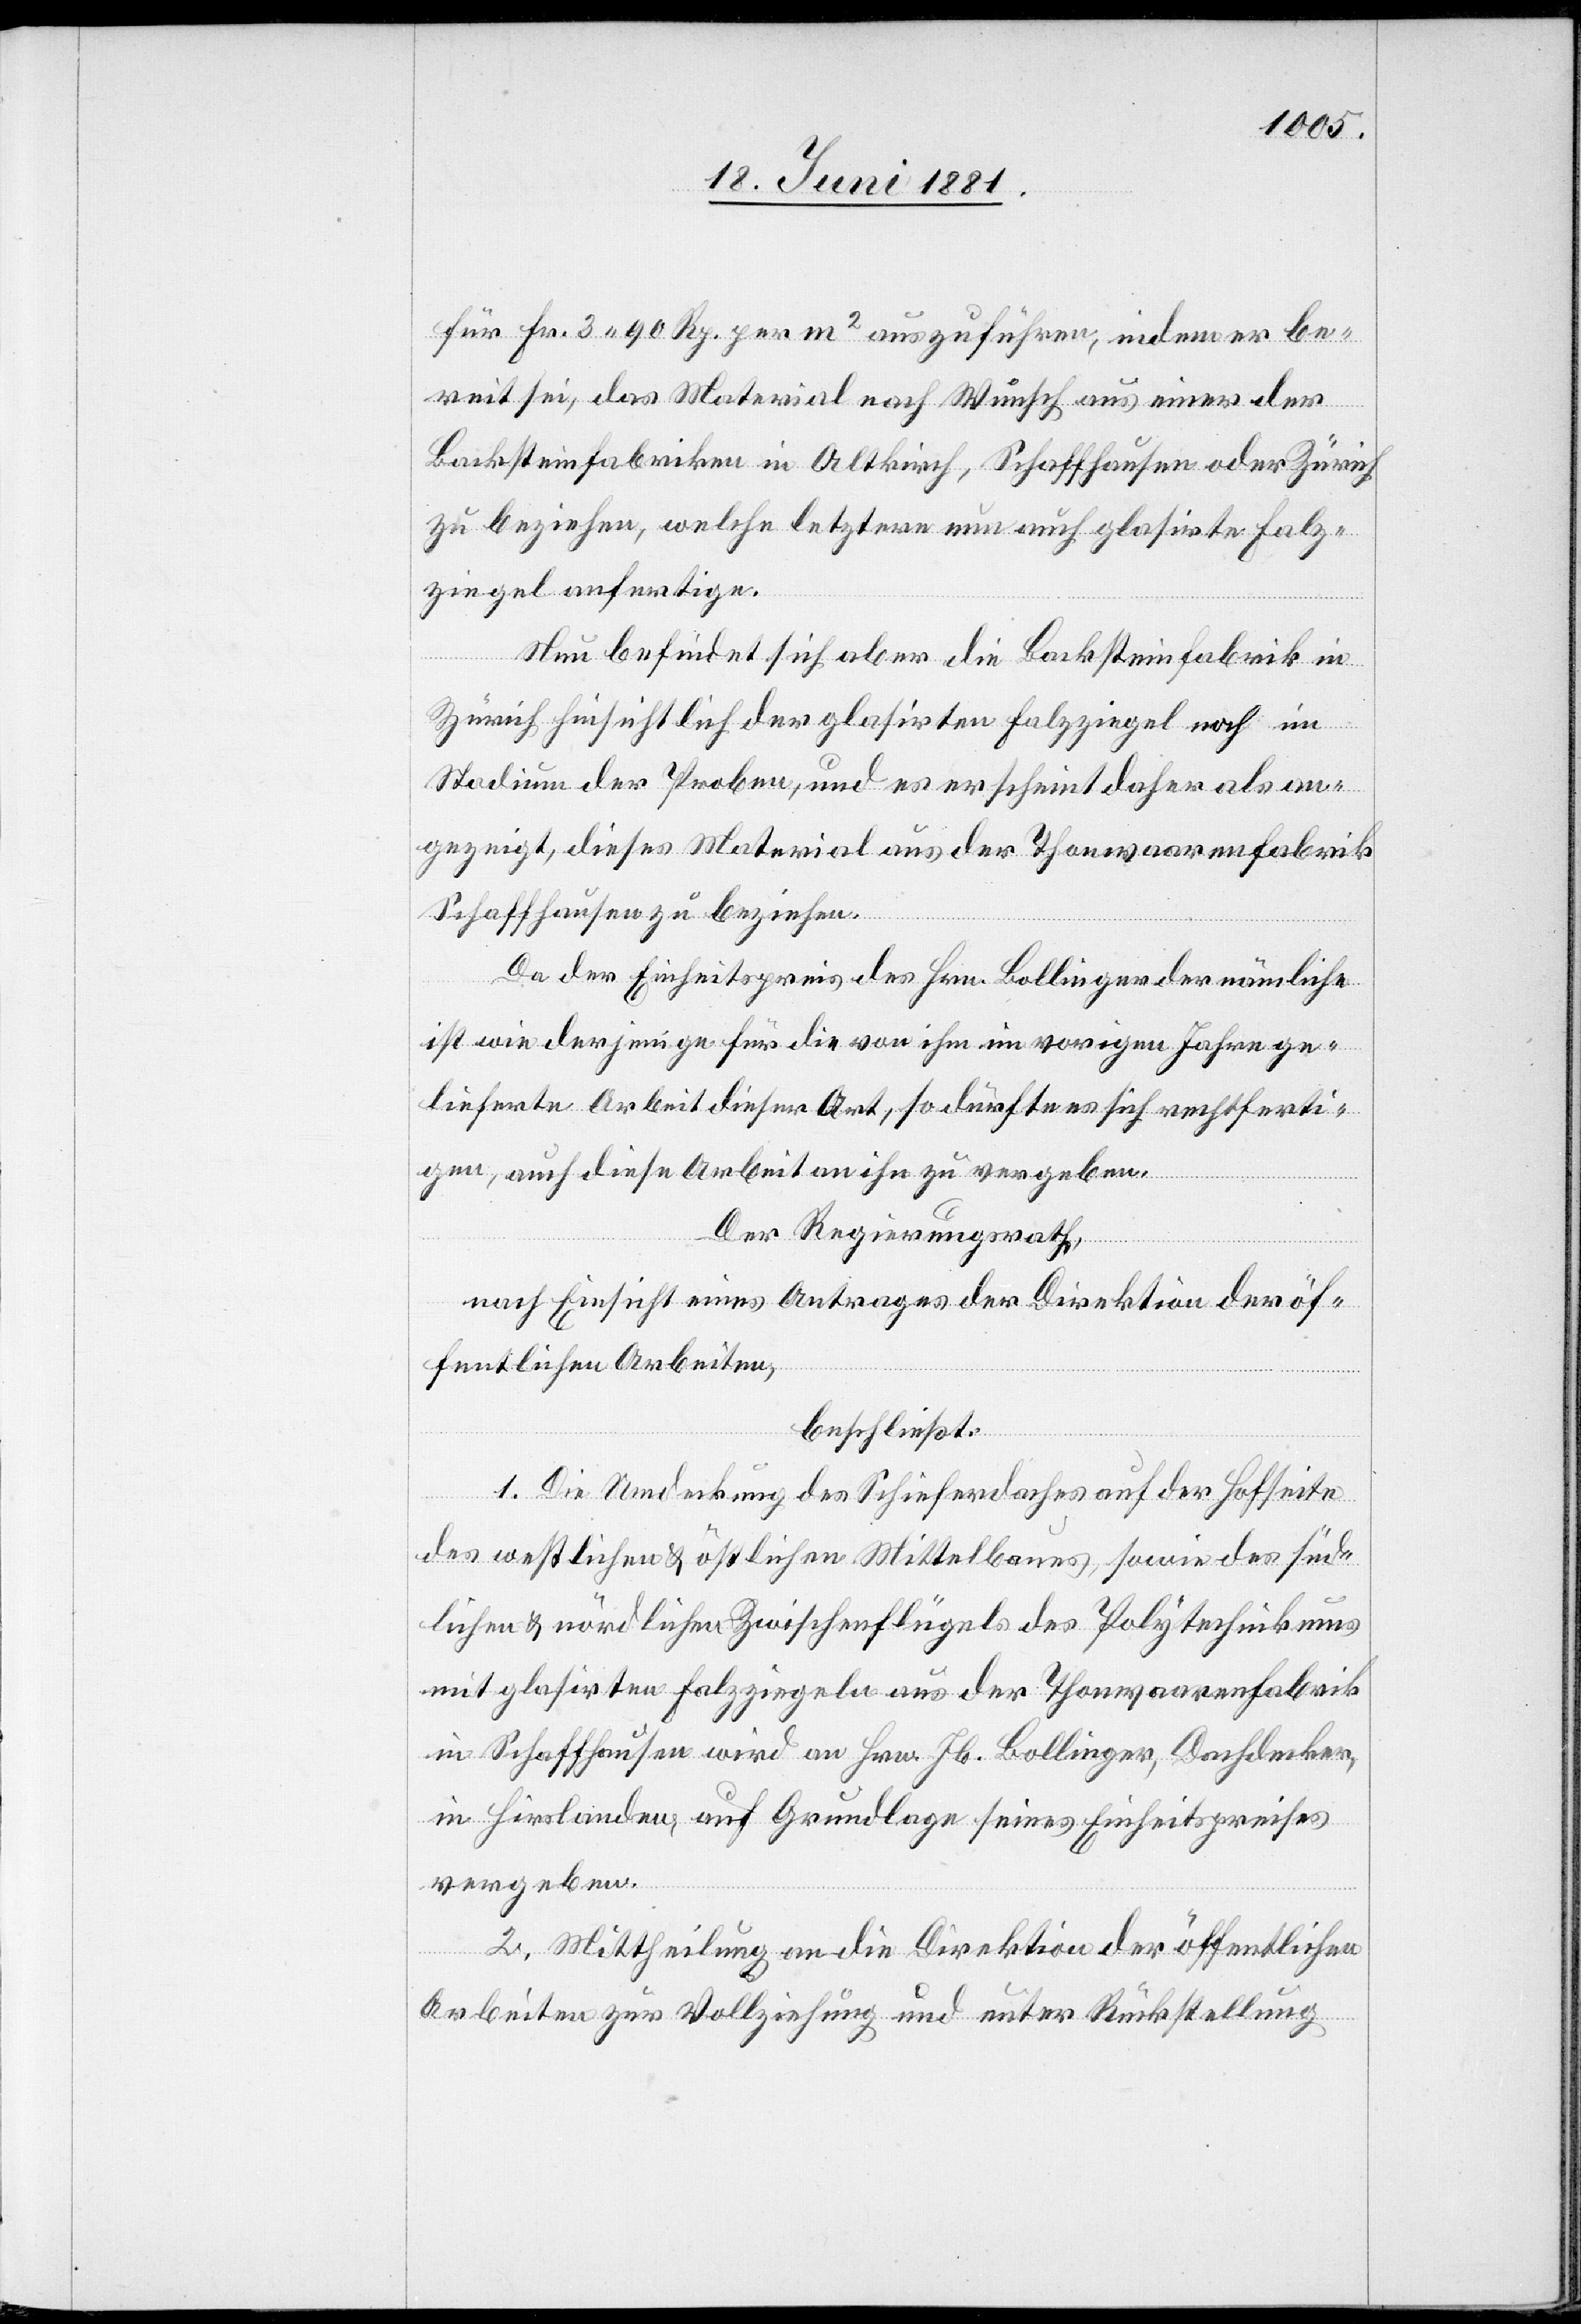
für Fr. 3 90 Rp. per m2 auszuführen, indem er be¬
reit sei, das Material nach Wunsch aus einer der
Backsteinfabriken in Altkirch, Schaffhausen oder Zürich
zu beziehen, welche letztere nun auch glasirte Falz¬
ziegel anfertige.
Nun befindet sich aber die Bachsteinfabrik in
Zürich hinsichtlich der glasirten Falzziegel noch im
Stadium der Proben, und es erscheint daher als an¬
gezeigt, dieses Material aus der Thonwaarenfabrik
Schaffhausen zu beziehen.
Da der Einheitspreis des Hrn. Bollinger der nämliche
ist wie derjenige für die von ihm im vorigen Jahre ge¬
lieferte Arbeit dieser Art, so dürfte es sich rechtferti¬
gen auch diese Arbeit an ihn zu vergeben.
Der Regierungsrath,
nach Einsicht eines Antrages der Direktion der öf¬
fentlichen Arbeiten,
beschließt:
1. Die Umdeckung des Schieferdaches auf der Hofseite
des westlichen & östlichen Mittelbaues, sowie des süd¬
lichen & nördlichen Zwischenflügels des Polytechnikums
mit glasirten Holzziegeln aus der Thonwaarenfabrik
in Schaffhausen wird an Hrn. Jb. Bollinger, Dachdecker,
in Hirslanden, auf Grundlage seines Einheitspreises
vergeben.
2. Mittheilung an die Direktion der öffentlichen
Arbeiten zur Vollziehung und unter Rückstellung